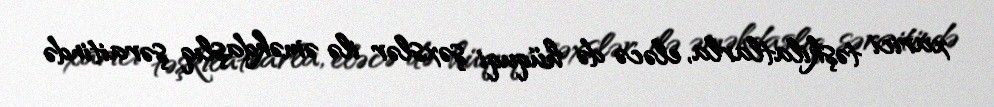
xarici təşkilatlarla, eləcə də hüquqi şəxslər ilə əməkdaşlıq şəraitində